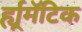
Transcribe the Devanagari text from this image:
र्ह्यूमॅटिक